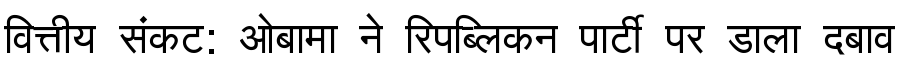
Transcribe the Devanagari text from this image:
वित्तीय संकट: ओबामा ने रिपब्लिकन पार्टी पर डाला दबाव